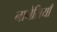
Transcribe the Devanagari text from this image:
नागेसियाँ